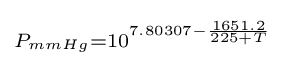
\scriptstyle P_{mmHg}=10^{7.80307-{\frac {1651.2}{225+T}}}